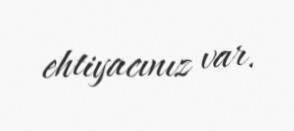
ehtiyacınız var.